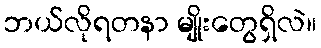
ဘယ်လိုရတနာ မျိုးတွေရှိလဲ။